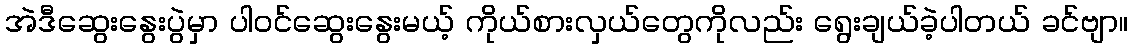
အဲဒီဆွေးနွေးပွဲမှာ ပါဝင်ဆွေးနွေးမယ့် ကိုယ်စားလှယ်တွေကိုလည်း ရွေးချယ်ခဲ့ပါတယ် ခင်ဗျာ။